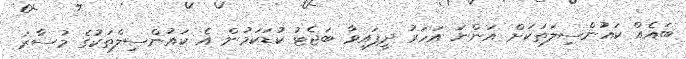
ބައެއް ކައުންސިލަތަކަށް އަންނަ އަހަރު ދީފައިވާ ބަޖެޓު ކުޑަކަމުން އެ ކައުންސިލްތަކުގެ މުސާރަ